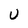
Character: u